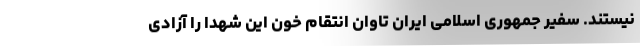
نیستند. سفیر جمهوری اسلامی ایران تاوان انتقام خون این شهدا را آزادی